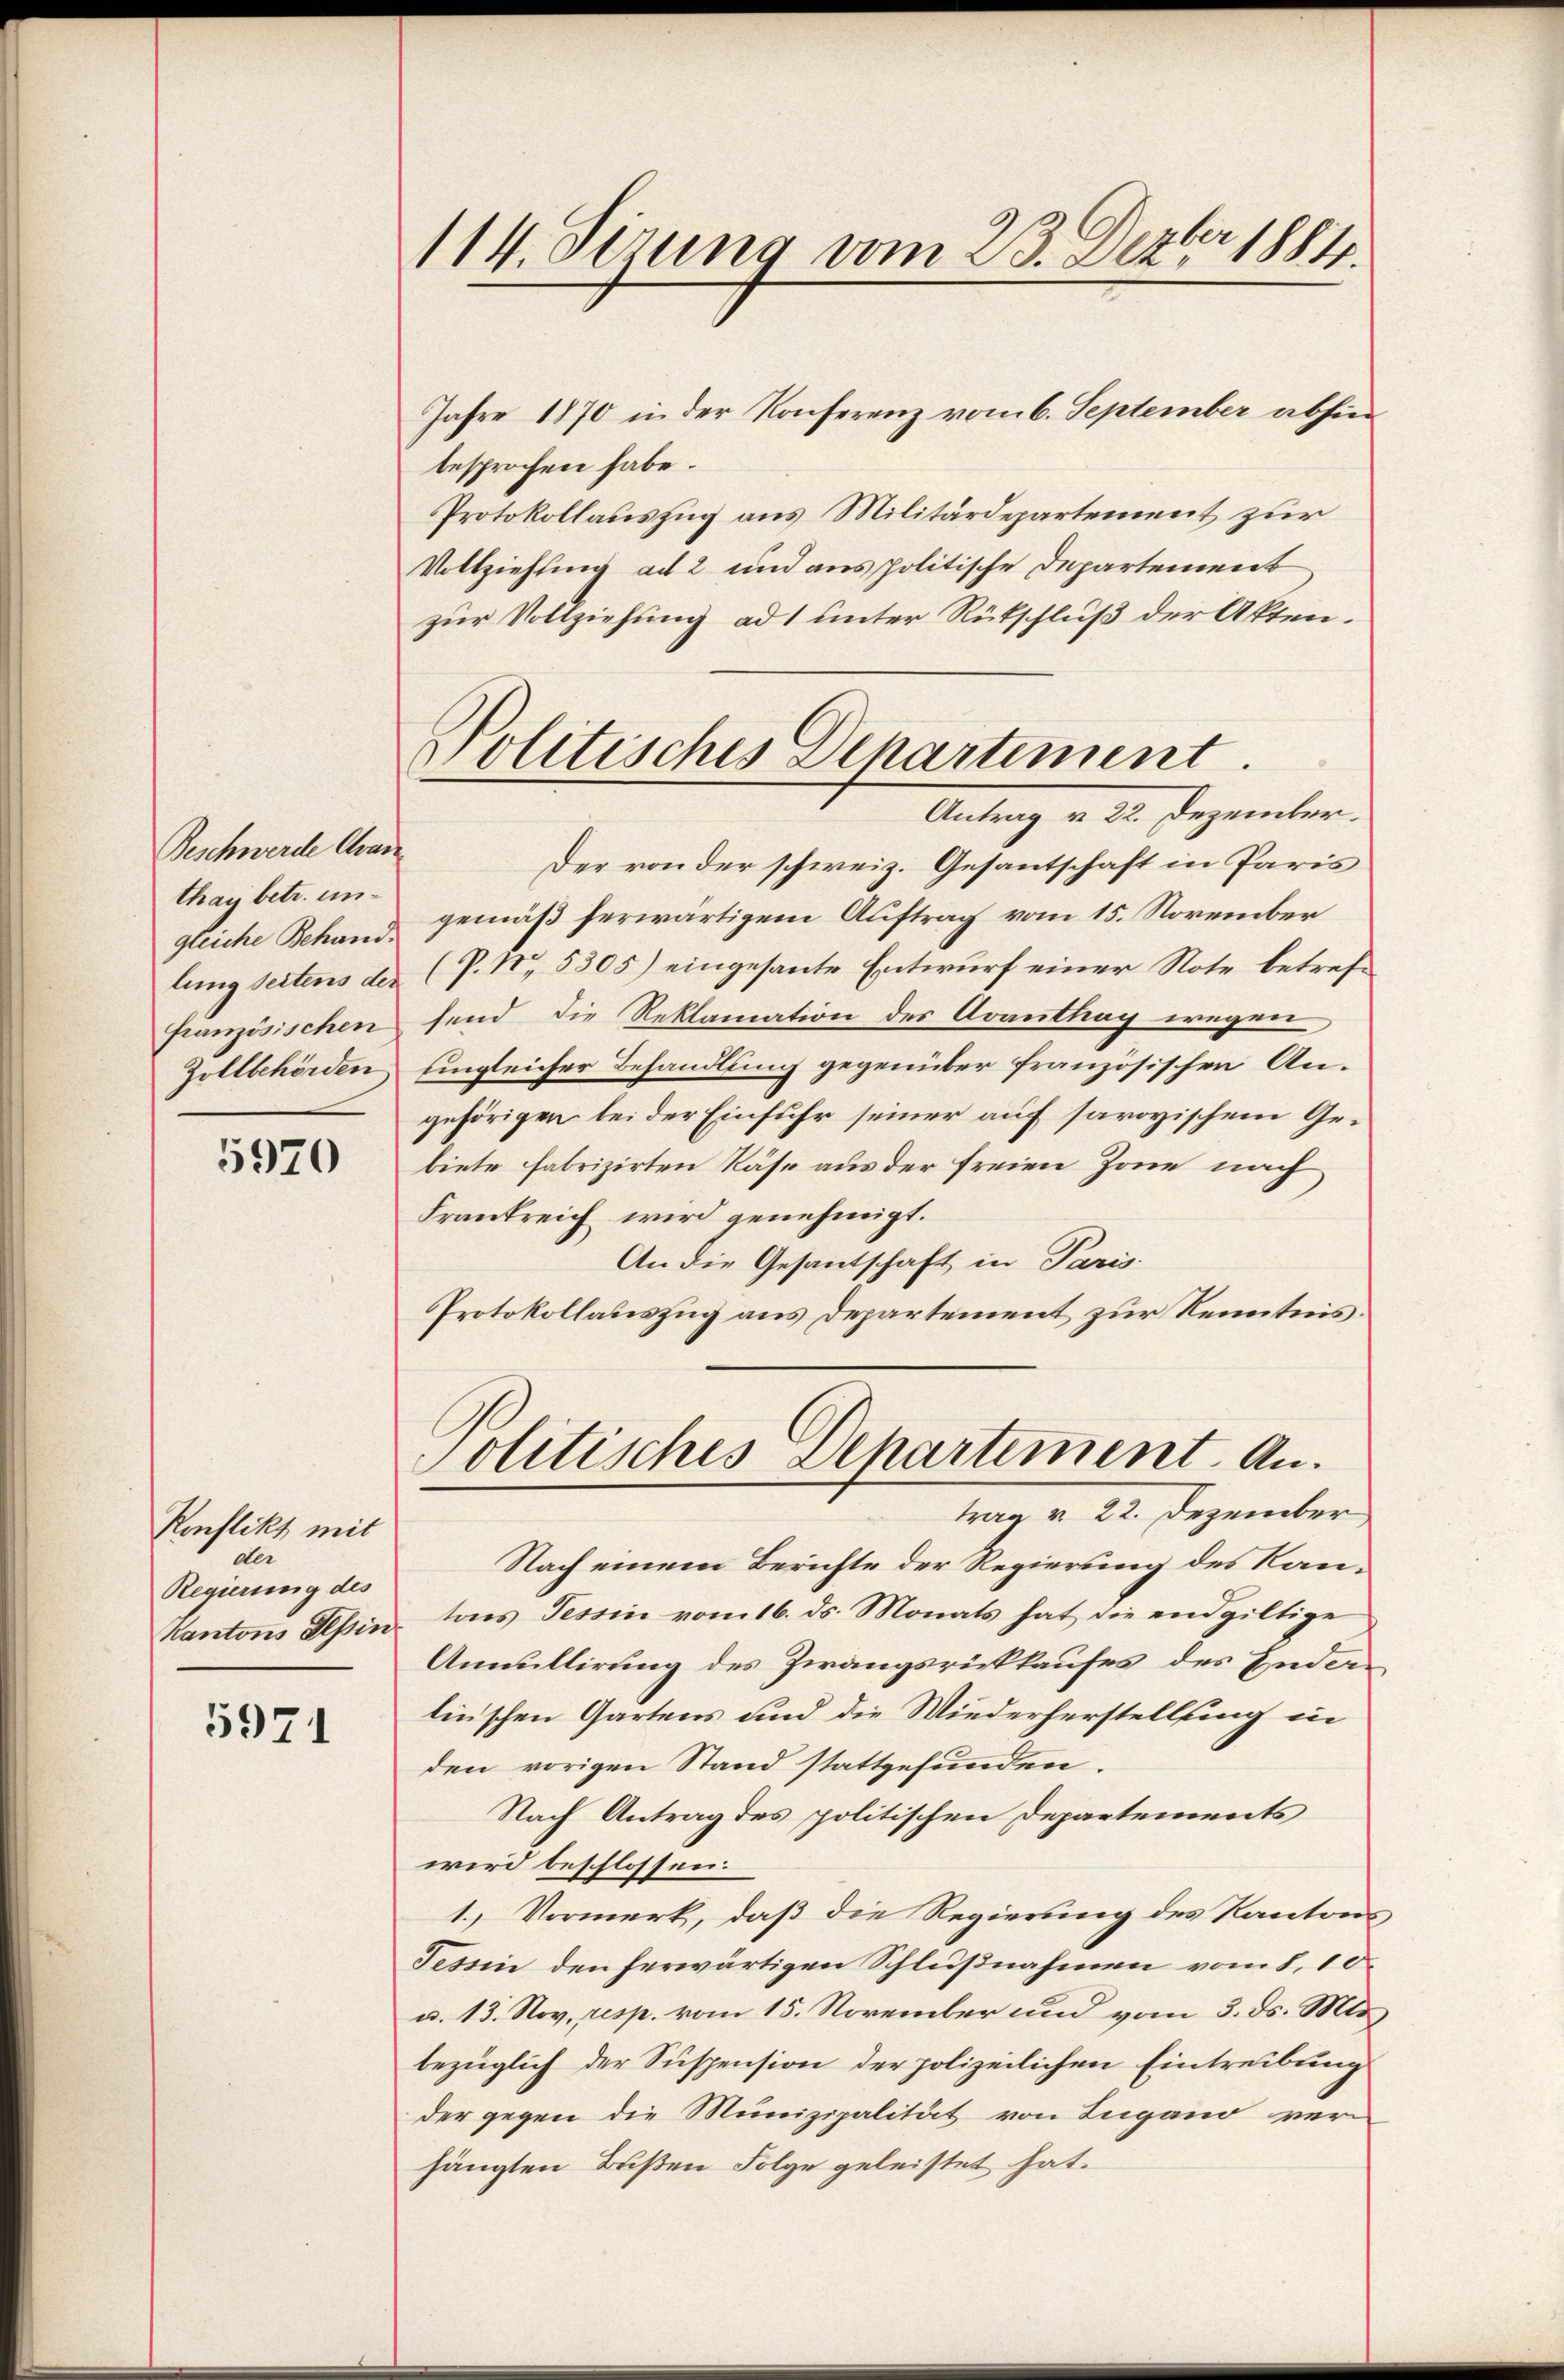
114. Sizung vom 23. Dezbr 1884.

Jahre 1870 in der Konferenz vom 6. September abhin
besprochen habe.
Protokollauszug aus Militärdepartement zur
Vollziehung ad 2 und aus politische Departement
zur Vollziehung ad 1 unter Rückschluß der Akten.
Der von der schweiz. Gesantschaft in Paris
gemäß herwärtigem Auftrag vom 15. November
(P. Nr. 5305) eingesante Entwurf einer Note betrefsend die Reklamation des Avanthay wegen
Eingleicher Behandlung gegenüber französischen Angehörigen bei der Einfuhr seiner auf savoyischem Gebiete fabrizirten Käse aus der freien Zone nach
Frankreich wird genehmigt.
An die Gesantschaft in Paris
Protokollauszug aus Departement zur Kenntnis.

politisches Departement.
Antrag v. 22. Dezember.

Beschwerde Aran
thay betr. ungleiche Behandlung seitens der
französischen
Zollbehörden

5970

Politisches Departement. Antrag v. 22. Dezember

Nach einem Berichte der Regierung des Kankantons Tessin das Tessin vom 16. ds. Monats hat die endgültige
Annullirung des Zwangsrückkaufes des Enden
linischen Gartens und die Wiederherstellung in
den vorigen Stand stattgefunden.
Nach Antrag des politischen Departements
wird beschlossen:
1. Vormerk, daß die Regierung des Kantons
Tessin den herwärtigen Schlußnahmen vom 8. 10.
u. 13. Nov. resp. vom 15. November und vom 3. ds. Mts.
bezüglich der Suspension der polizeilichen Eintreibung
der gegen die Munizipalität von Lugano verhängten Bußen Folge geleistet hat.

Konflikt mit
der
Regierung des

5971